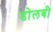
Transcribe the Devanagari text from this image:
डोलबी